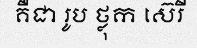
គឺជា រូប ថ្លុក ស៊េរី